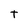
Character: t